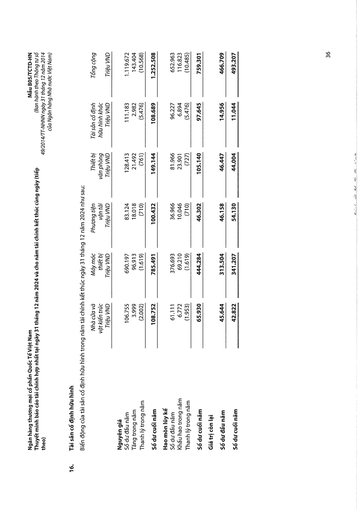
||Nhà cửa và vật kiến trúc Triệu VND|Máy móc thiết bị Triệu VND|Phương tiện vận tải Triệu VND|Thiết bị văn phòng Triệu VND|Tài sản cố định hữu hình khác Triệu VND|Tổng cộng Triệu VND| |---|---|---|---|---|---|---| |Nguyên giá||||||| |Số dư đầu năm|106.755|690.197|83.124|128.413|111.183|1.119.672| |Tăng trong năm|3.999|96.913|18.018|21.492|2.982|143.404| |Thanh lý trong năm|(2.002)|(1.619)|(710)|(761)|(5.476)|(10.568)| |Số dư cuối năm|108.752|785.491|100.432|149.144|108.689|1.252.508| |Hao mòn lũy kế||||||| |Số dư đầu năm|61.111|376.693|36.966|81.966|96.227|652.963| |Khấu hao trong năm|6.772|69.210|10.046|23.901|6.894|116.823| |Thanh lý trong năm|(1.953)|(1.619)|(710)|(727)|(5.476)|(10.485)| |Số dư cuối năm|65.930|444.284|46.302|105.140|97.645|759.301| |Giá trị còn lại||||||| |Số dư đầu năm|45.644|313.504|46.158|46.447|14.956|466.709| |Số dư cuối năm|42.822|341.207|54.130|44.004|11.044|493.207|